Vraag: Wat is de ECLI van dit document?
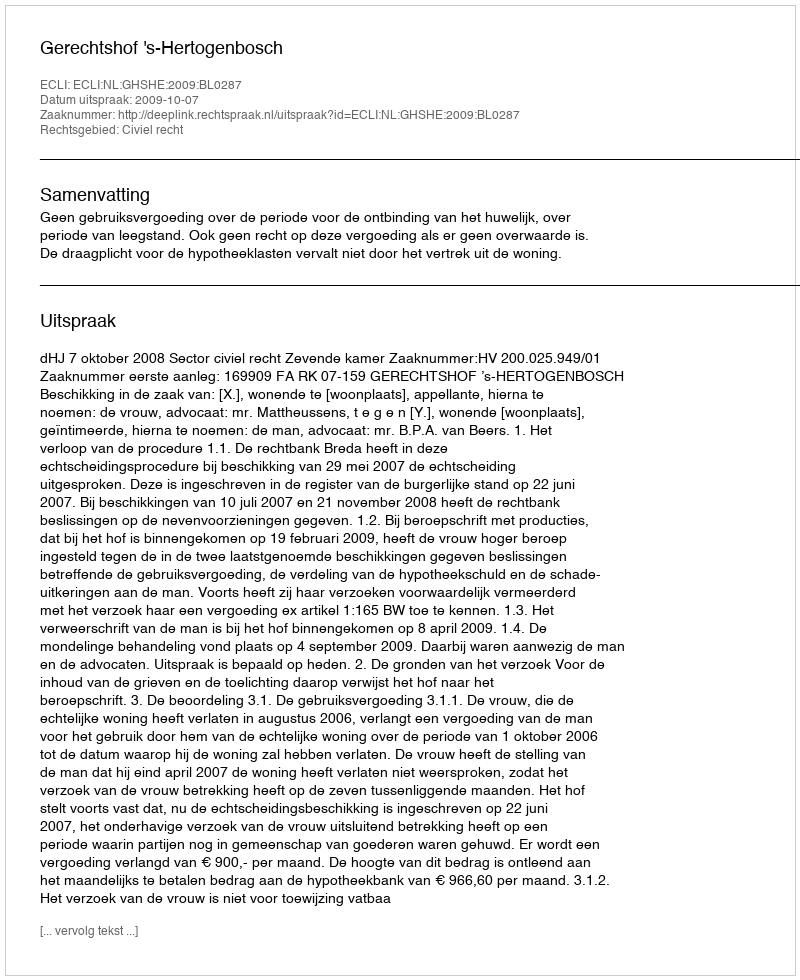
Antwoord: ECLI:NL:GHSHE:2009:BL0287